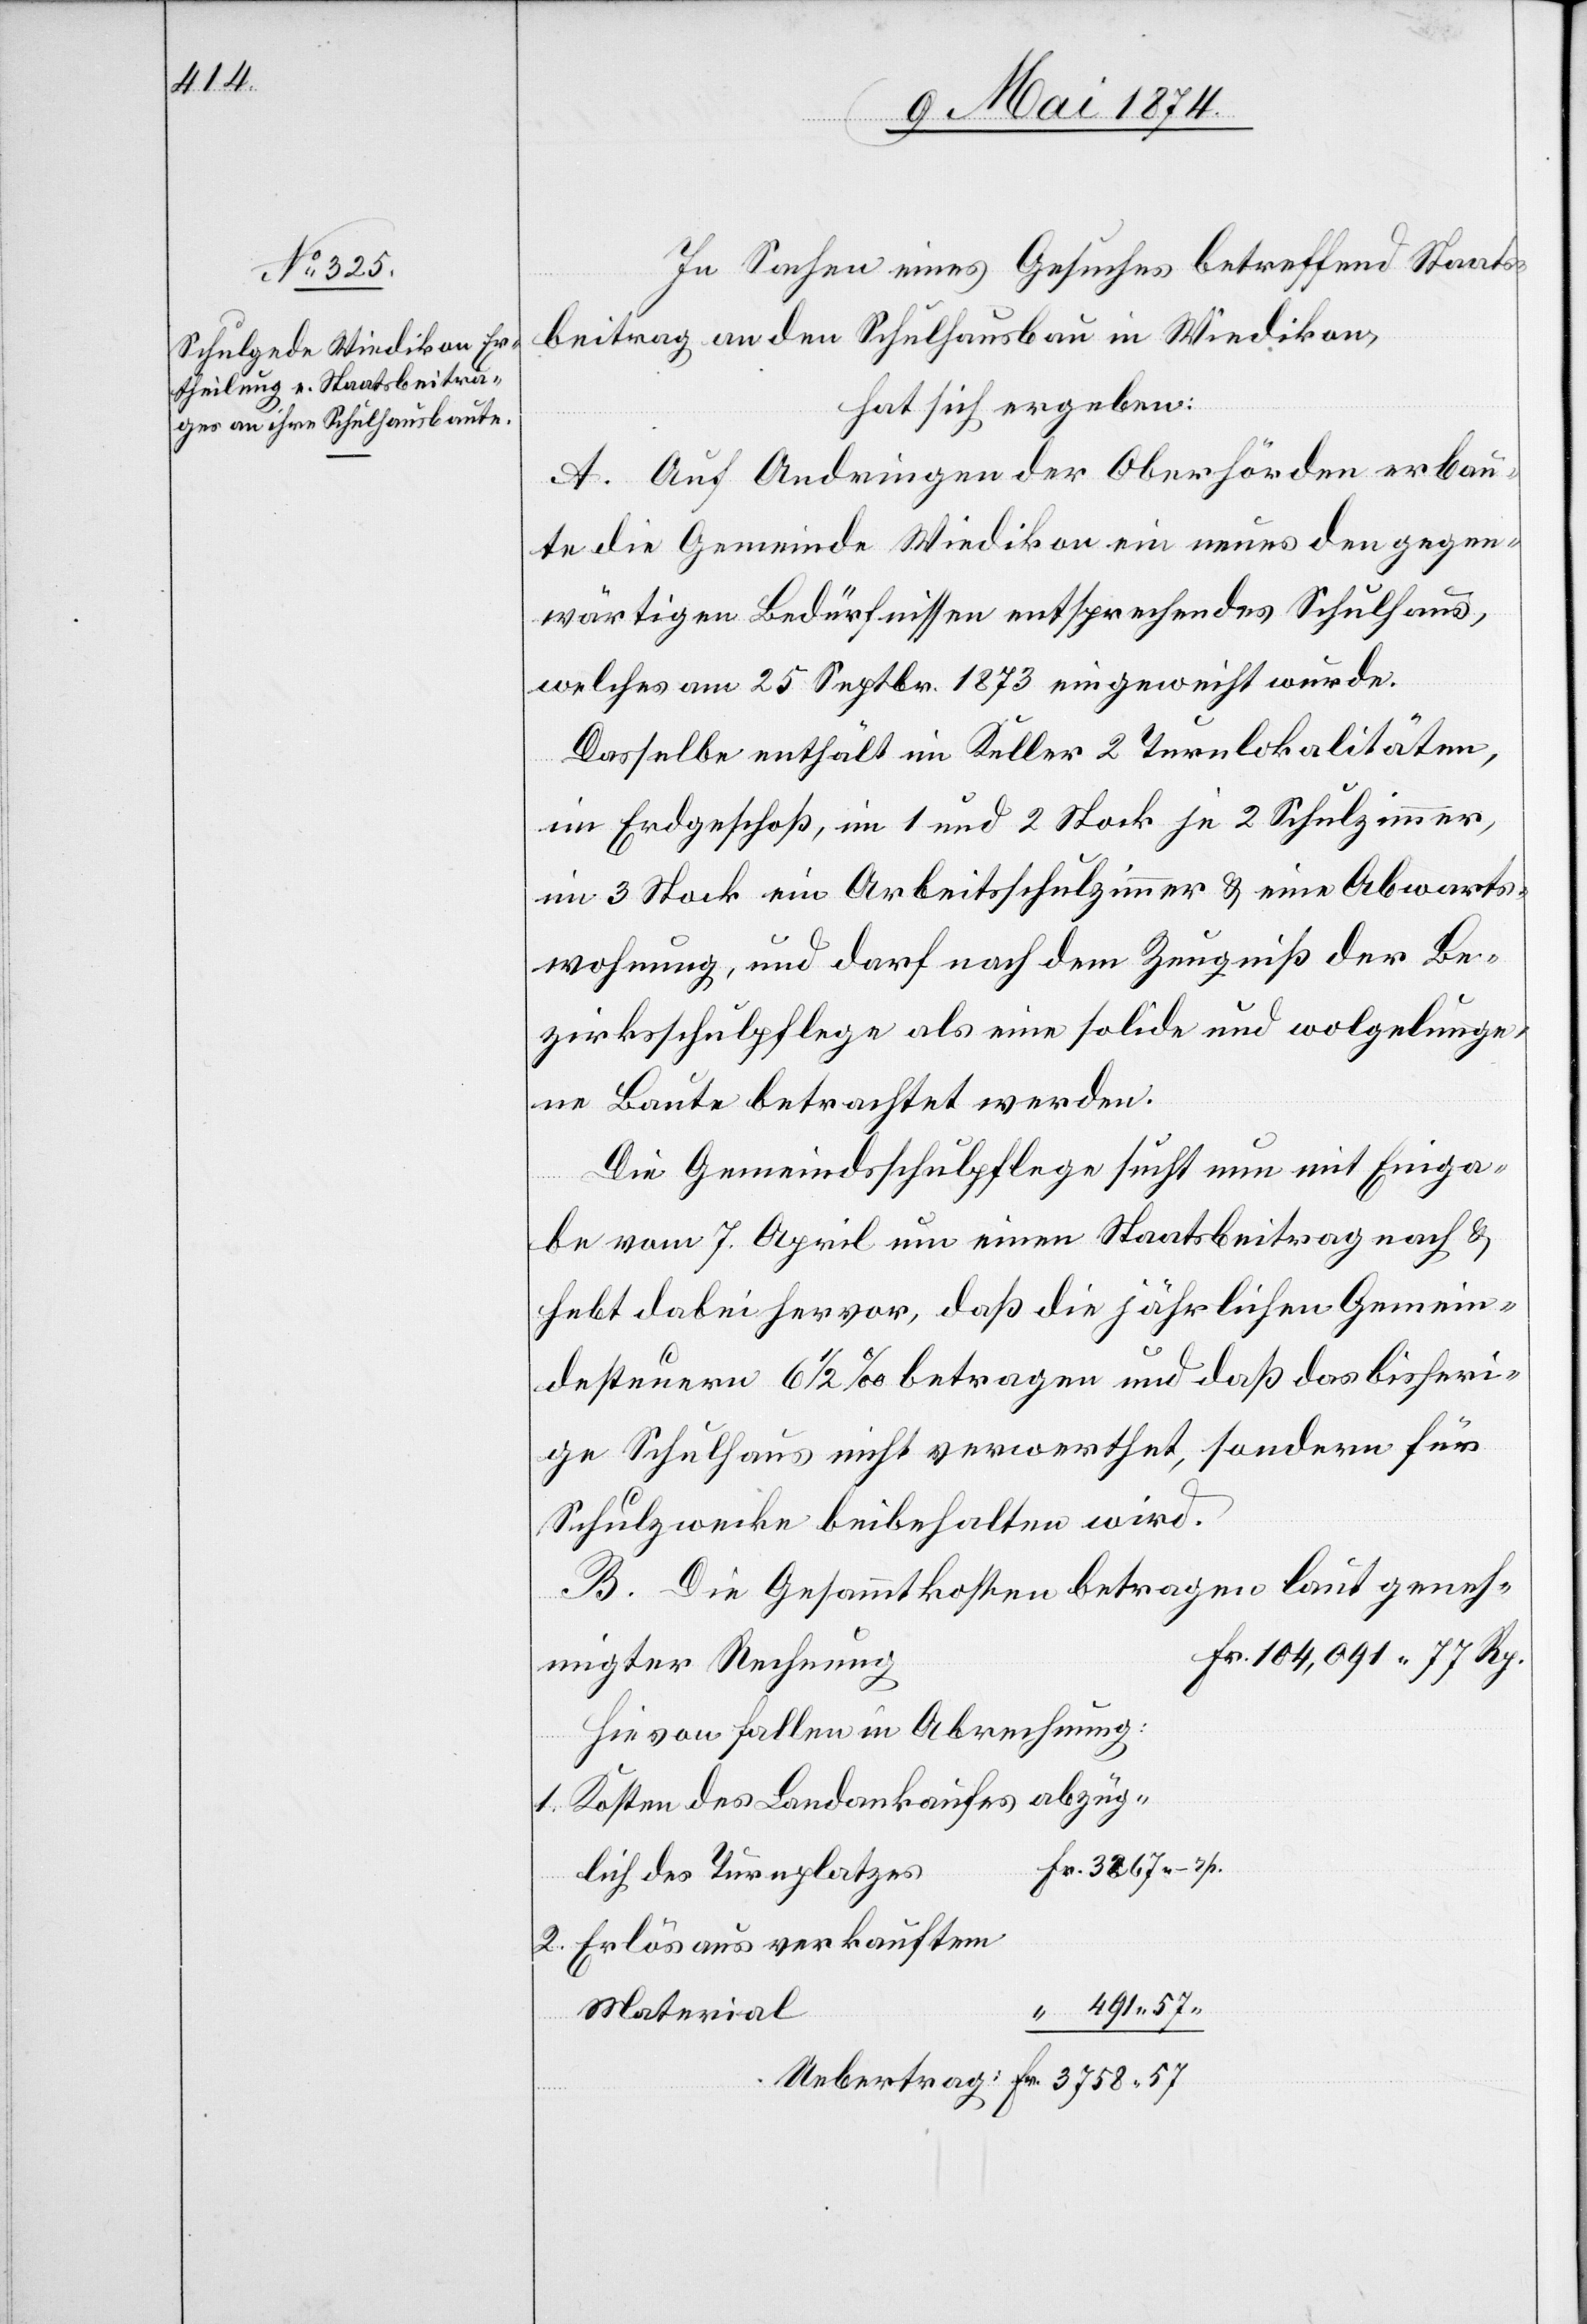
491.

In Sachen eines Gesuches betreffend Staats¬
beitrag an den Schulhausbau in Wiedikon,
hat sich ergeben:
A. Auf Andringen der Ober[be]hörden erbau¬
te die Gemeinde Wiedikon ein neues den gegen¬
wärtigen Bedürfnissen entsprechendes Schulhaus,
welches am 25. Septbr. 1873 eingeweiht wurde.
Dasselbe enthält im Keller 2 Turnlokalitäten,
im Erdgeschoß, im 1. und 2 Stock je 2 Schulzimmer,
im 3. Stock ein Arbeitsschulzimmer u. eine Abwarts¬
wohnung, und darf nach dem Zeugniß der Be¬
zirksschulpflege als eine solide und wolgelunge¬
ne Baute betrachtet werden.
Die Gemeindsschulpflege sucht nun mit Einga¬
be vom 7. April um einen Staatsbeitrag nach u.
hebt dabei hervor, daß die jährlichen Gemein¬
desteuern 6 1/2% betragen und daß das bisheri¬
ge Schulhaus nicht verwerthet, sondern für
Schulzwecke beibehalten wird.
B. Die Gesammtkosten betragen laut geneh¬
migter Rechnung
Hievon fallen in Abrechnung:
Kosten des Landankaufes abzüg¬
lich des Turnplatzes
Erlös aus verkauftem
Material